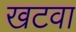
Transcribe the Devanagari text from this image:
खटवा